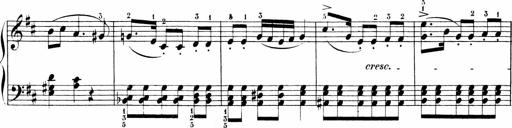
Title: Sonatinen Op.47, 98 und 136, nebst 6 Liedersonatinen
Composer: Carl Reinecke